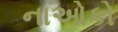
નાઓકો